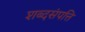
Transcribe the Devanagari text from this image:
शब्दसंपत्ति